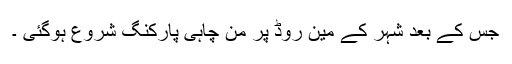
جس کے بعد شہر کے مین روڈ پر من چاہی پارکنگ شروع ہوگئی ۔